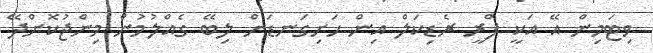
ވިޓަމިން އޭ އަކީ ފްރީ ރެޑިކަލް އިން ހަށިގަނޑަށް ލިބޭ ގެއްލުމުން މިންޖުކޮށްދޭ